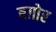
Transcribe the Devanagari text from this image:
बग़ोर